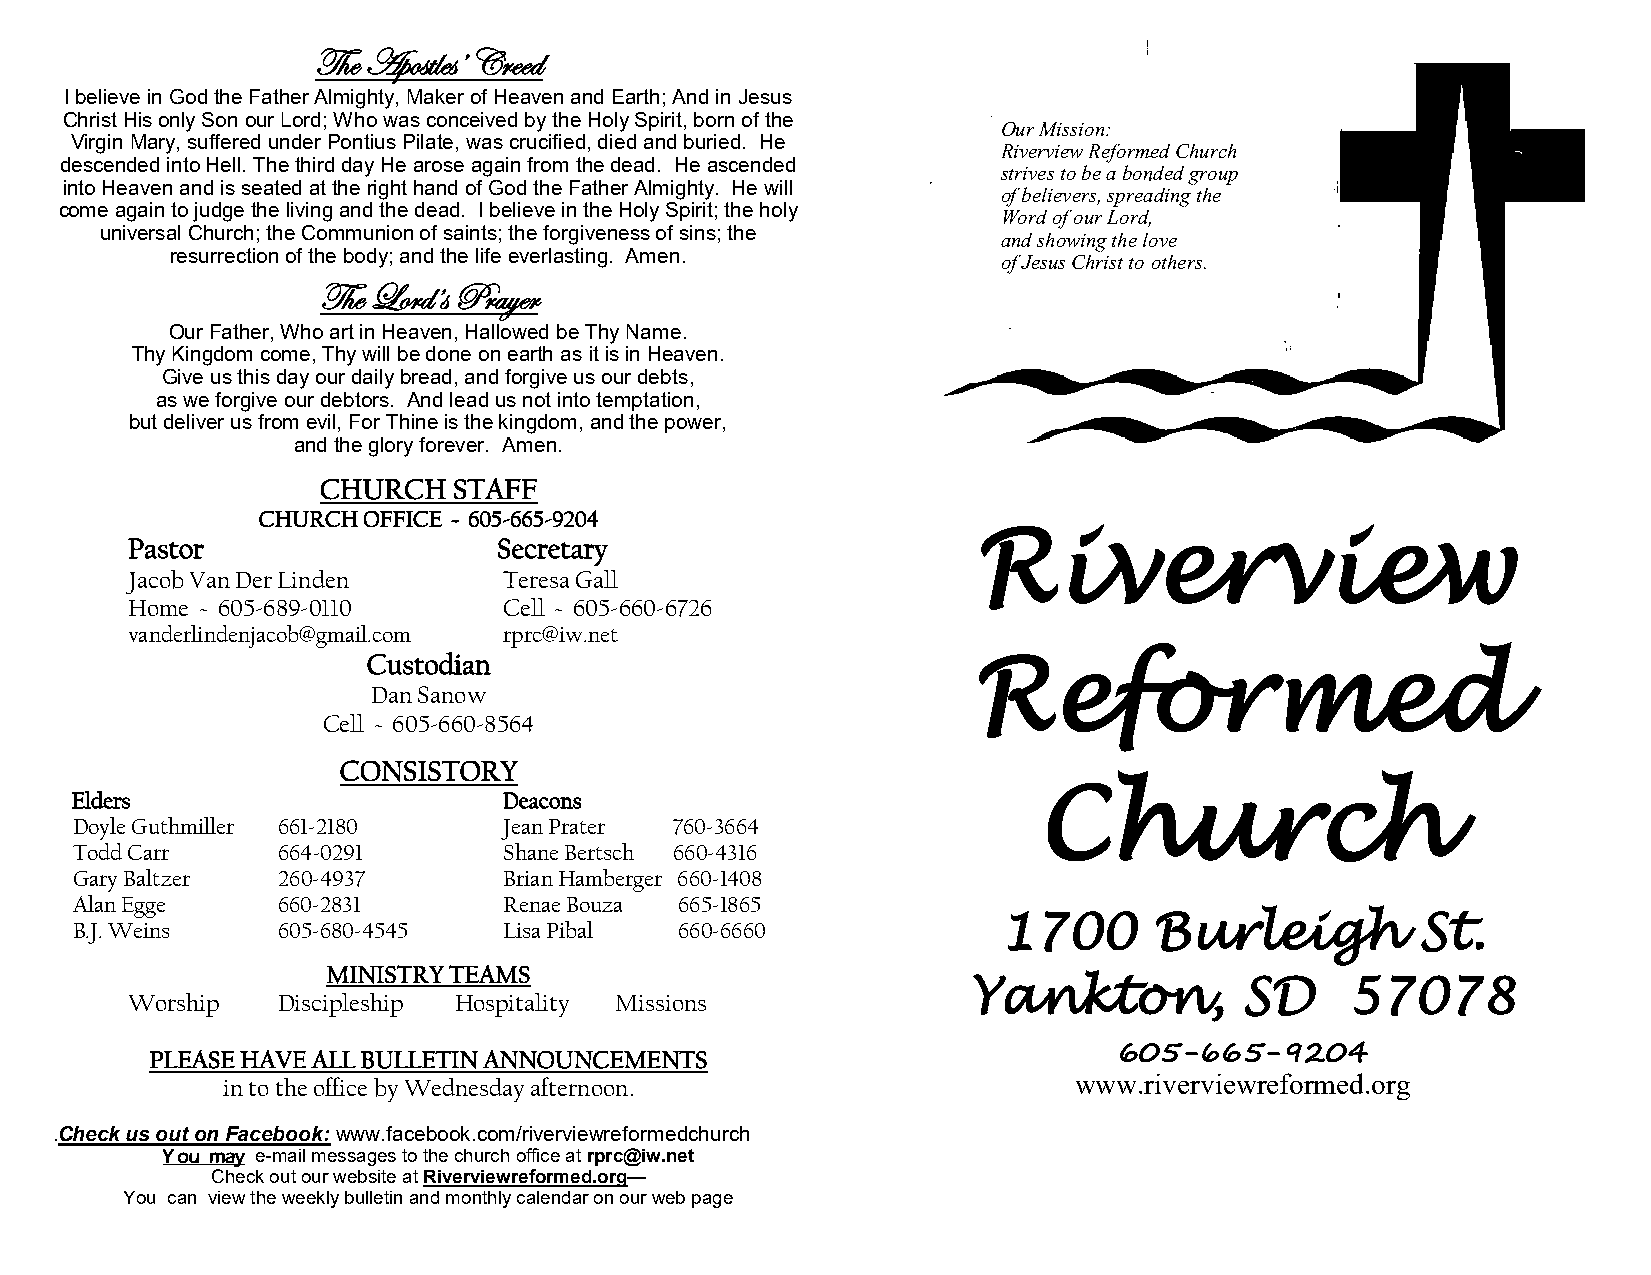
The Apostles’ Creed
 I believe in God the Father Almighty, Maker of Heaven and Earth; And in Jesus
 Christ His only Son our Lord; Who was conceived by the Holy Spirit, born of the
 Our Mission:
 Virgin Mary, suffered under Pontius Pilate, was crucified, died and buried. He
 Riverview Reformed Church
 descended into Hell. The third day He arose again from the dead. He ascended
 strives to be a bonded group
 into Heaven and is seated at the right hand of God the Father Almighty. He will
 of believers, spreading the
 come again to judge the living and the dead. I believe in the Holy Spirit; the holy
 Word of our Lord,
 universal Church; the Communion of saints; the forgiveness of sins; the
 and showing the love
 resurrection of the body; and the life everlasting. Amen. of Jesus Christ to others.
 The Lord’s Prayer
 Our Father, Who art in Heaven, Hallowed be Thy Name.
 Thy Kingdom come, Thy will be done on earth as it is in Heaven.
 Give us this day our daily bread, and forgive us our debts,
 as we forgive our debtors. And lead us not into temptation,
 but deliver us from evil, For Thine is the kingdom, and the power,
 and the glory forever. Amen.
 CHURCH   STAFF
 CHURCH OFFICE ~ 605-665-9204
 Pastor                   Secretary                      Riverview
 Jacob Van Der Linden     Teresa Gall
 Home ~ 605-689-0110      Cell ~ 605-660-6726
 vanderlindenjacob@gmail.com rprc@iw.net
 Custodian
 Reformed
 Dan Sanow
 Cell ~ 605-660-8564
 CONSISTORY
 Elders                      Deacons                             Church
 Doyle Guthmiller 661-2180   Jean Prater 760-3664
 Todd Carr    664-0291       Shane Bertsch 660-4316
 Gary Baltzer 260-4937       Brian Hamberger 660-1408
 Alan Egge    660-2831       Renae Bouza 665-1865
 B.J. Weins   605-680-4545   Lisa Pibal  660-6660             1700      Burleigh          St.
 MINISTRY TEAMS
 Yankton,          SD     57078
 Worship   Discipleship Hospitality Missions
 605-665-9204
 PLEASE HAVE ALL BULLETIN ANNOUNCEMENTS
 www.riverviewreformed.org
 in to the office by Wednesday afternoon.
 .Check us out on Facebook: www.facebook.com/riverviewreformedchurch
 Y ou may e-mail messages to the church office at rprc@iw.net
 Check out our website at Riverviewreformed.org—
 You can view the weekly bulletin and monthly calendar on our web page